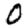
Digit: 0